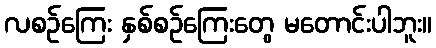
လစဉ်ကြေး နှစ်စဉ်ကြေးတွေ မတောင်းပါဘူး။